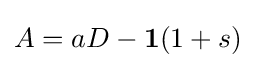
A=aD-\mathbf {1} (1+s)